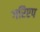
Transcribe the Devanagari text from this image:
गरिएप